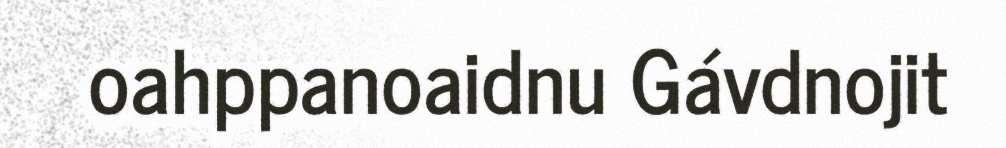
oahppanoaidnu Gávdnojit